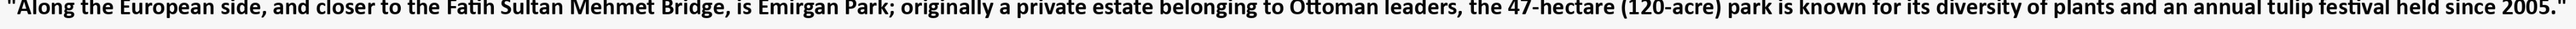
"Along the European side, and closer to the Fatih Sultan Mehmet Bridge, is Emirgan Park; originally a private estate belonging to Ottoman leaders, the 47-hectare (120-acre) park is known for its diversity of plants and an annual tulip festival held since 2005."